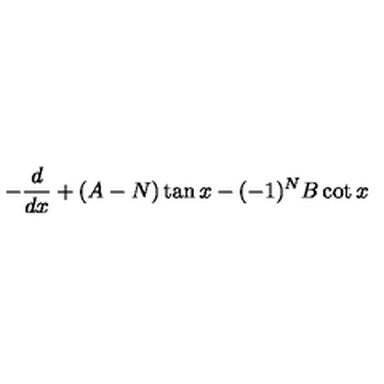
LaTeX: - \frac { d } { d x } + ( A - N ) \tan x - ( - 1 ) ^ { N } B \cot x